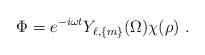
LaTeX: \begin{align*}\Phi = e^{-i\omega t} Y_{\ell,\{m\}} (\Omega) \chi(\rho)\ .\end{align*}